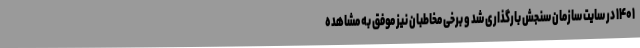
۱۴۰۱ در سایت سازمان سنجش بارگذاری شد و برخی مخاطبان نیز موفق به مشاهده